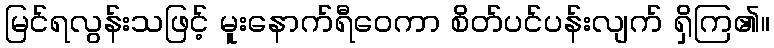
မြင်ရလွန်းသဖြင့် မူးနောက်ရီဝေကာ စိတ်ပင်ပန်းလျက် ရှိကြ၏။